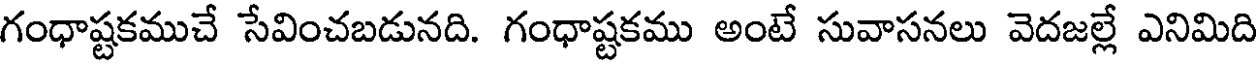
గంధాష్టకముచే సేవించబడునది. గంధాష్టకము అంటే సువాసనలు వెదజల్లే ఎనిమిది